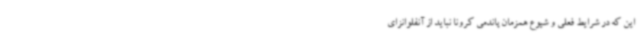
این که در شرایط فعلی و شیوع همزمان پاندمی کرونا نباید از آنفلوانزای